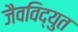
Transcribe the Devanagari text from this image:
जैवविद्युत